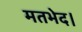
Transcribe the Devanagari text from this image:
मतभेद।